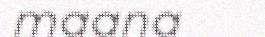
maana